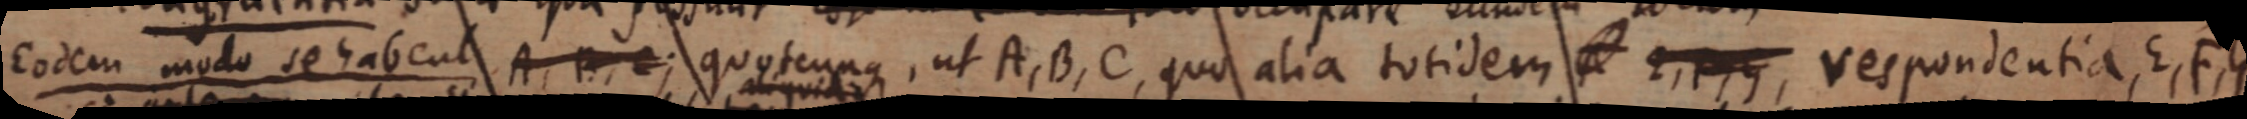
Eodem modo se habent A, B, C; quotcunque, ut A, B, C quo alia totidem , respondentia E, F, G